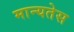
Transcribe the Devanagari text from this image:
मान्यतेस